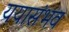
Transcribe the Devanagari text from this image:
ययासंभव